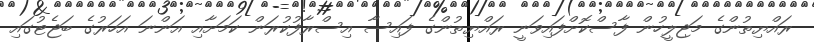
ރައްޔިތުންގެ މަޖިލީހުން ފާސްކޮށްފައިވަނީ ރައްޔިތުންގެ ފައިސާ އިސްރާފުކުރަން ކަމަށާއި އަންނަ އަހަރުގެ ބަޖެޓުގައި